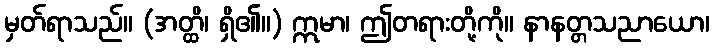
မှတ်ရာသည်။ (အတ္ထိ၊ ရှိ၏။) ဣမာ၊ ဤတရားတို့ကို။ နာနတ္တသညာယော၊